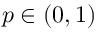
p \in ( 0 , 1 )